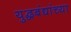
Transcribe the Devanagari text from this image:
युद्धबंद्यांच्या